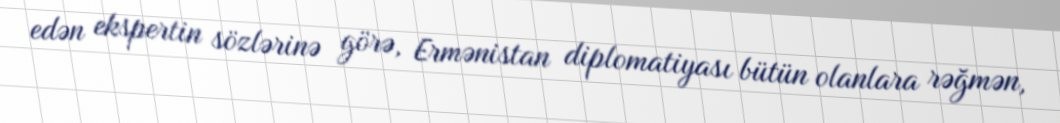
edən ekspertin sözlərinə görə, Ermənistan diplomatiyası bütün olanlara rəğmən,